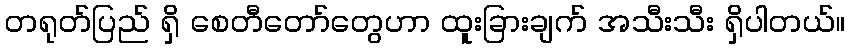
တရုတ်ပြည် ရှိ စေတီတော်တွေဟာ ထူးခြားချက် အသီးသီး ရှိပါတယ်။